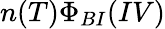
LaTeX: n(T)\Phi_{BI}(IV)